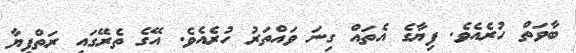
ބާވަތް ހުރެއެވެ. ފިޔާގެ އެތައް ގިނަ ވައްތަރު ހުރެއެވެ. އޭގެ ތެރޭގައި ރަތްފިޔާ